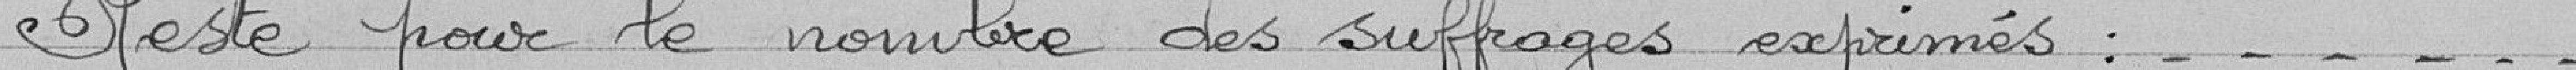
Reste pour le nombre des suffrages exprimés :